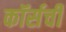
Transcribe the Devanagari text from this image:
कॉर्सची